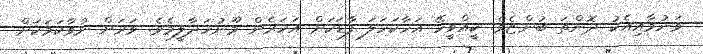
ވަނުމާއިއެކު ދޮންތަ ބުންޏެވެ. ކީއްވީހޭ އަހާކަހަލަ ފާޑަކަށް އަހަރެން މޫނުހަދާލީމެވެ. ވަރަށް ނުވާކަމަކަށް